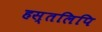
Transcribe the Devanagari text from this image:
हस्‍तलिपि